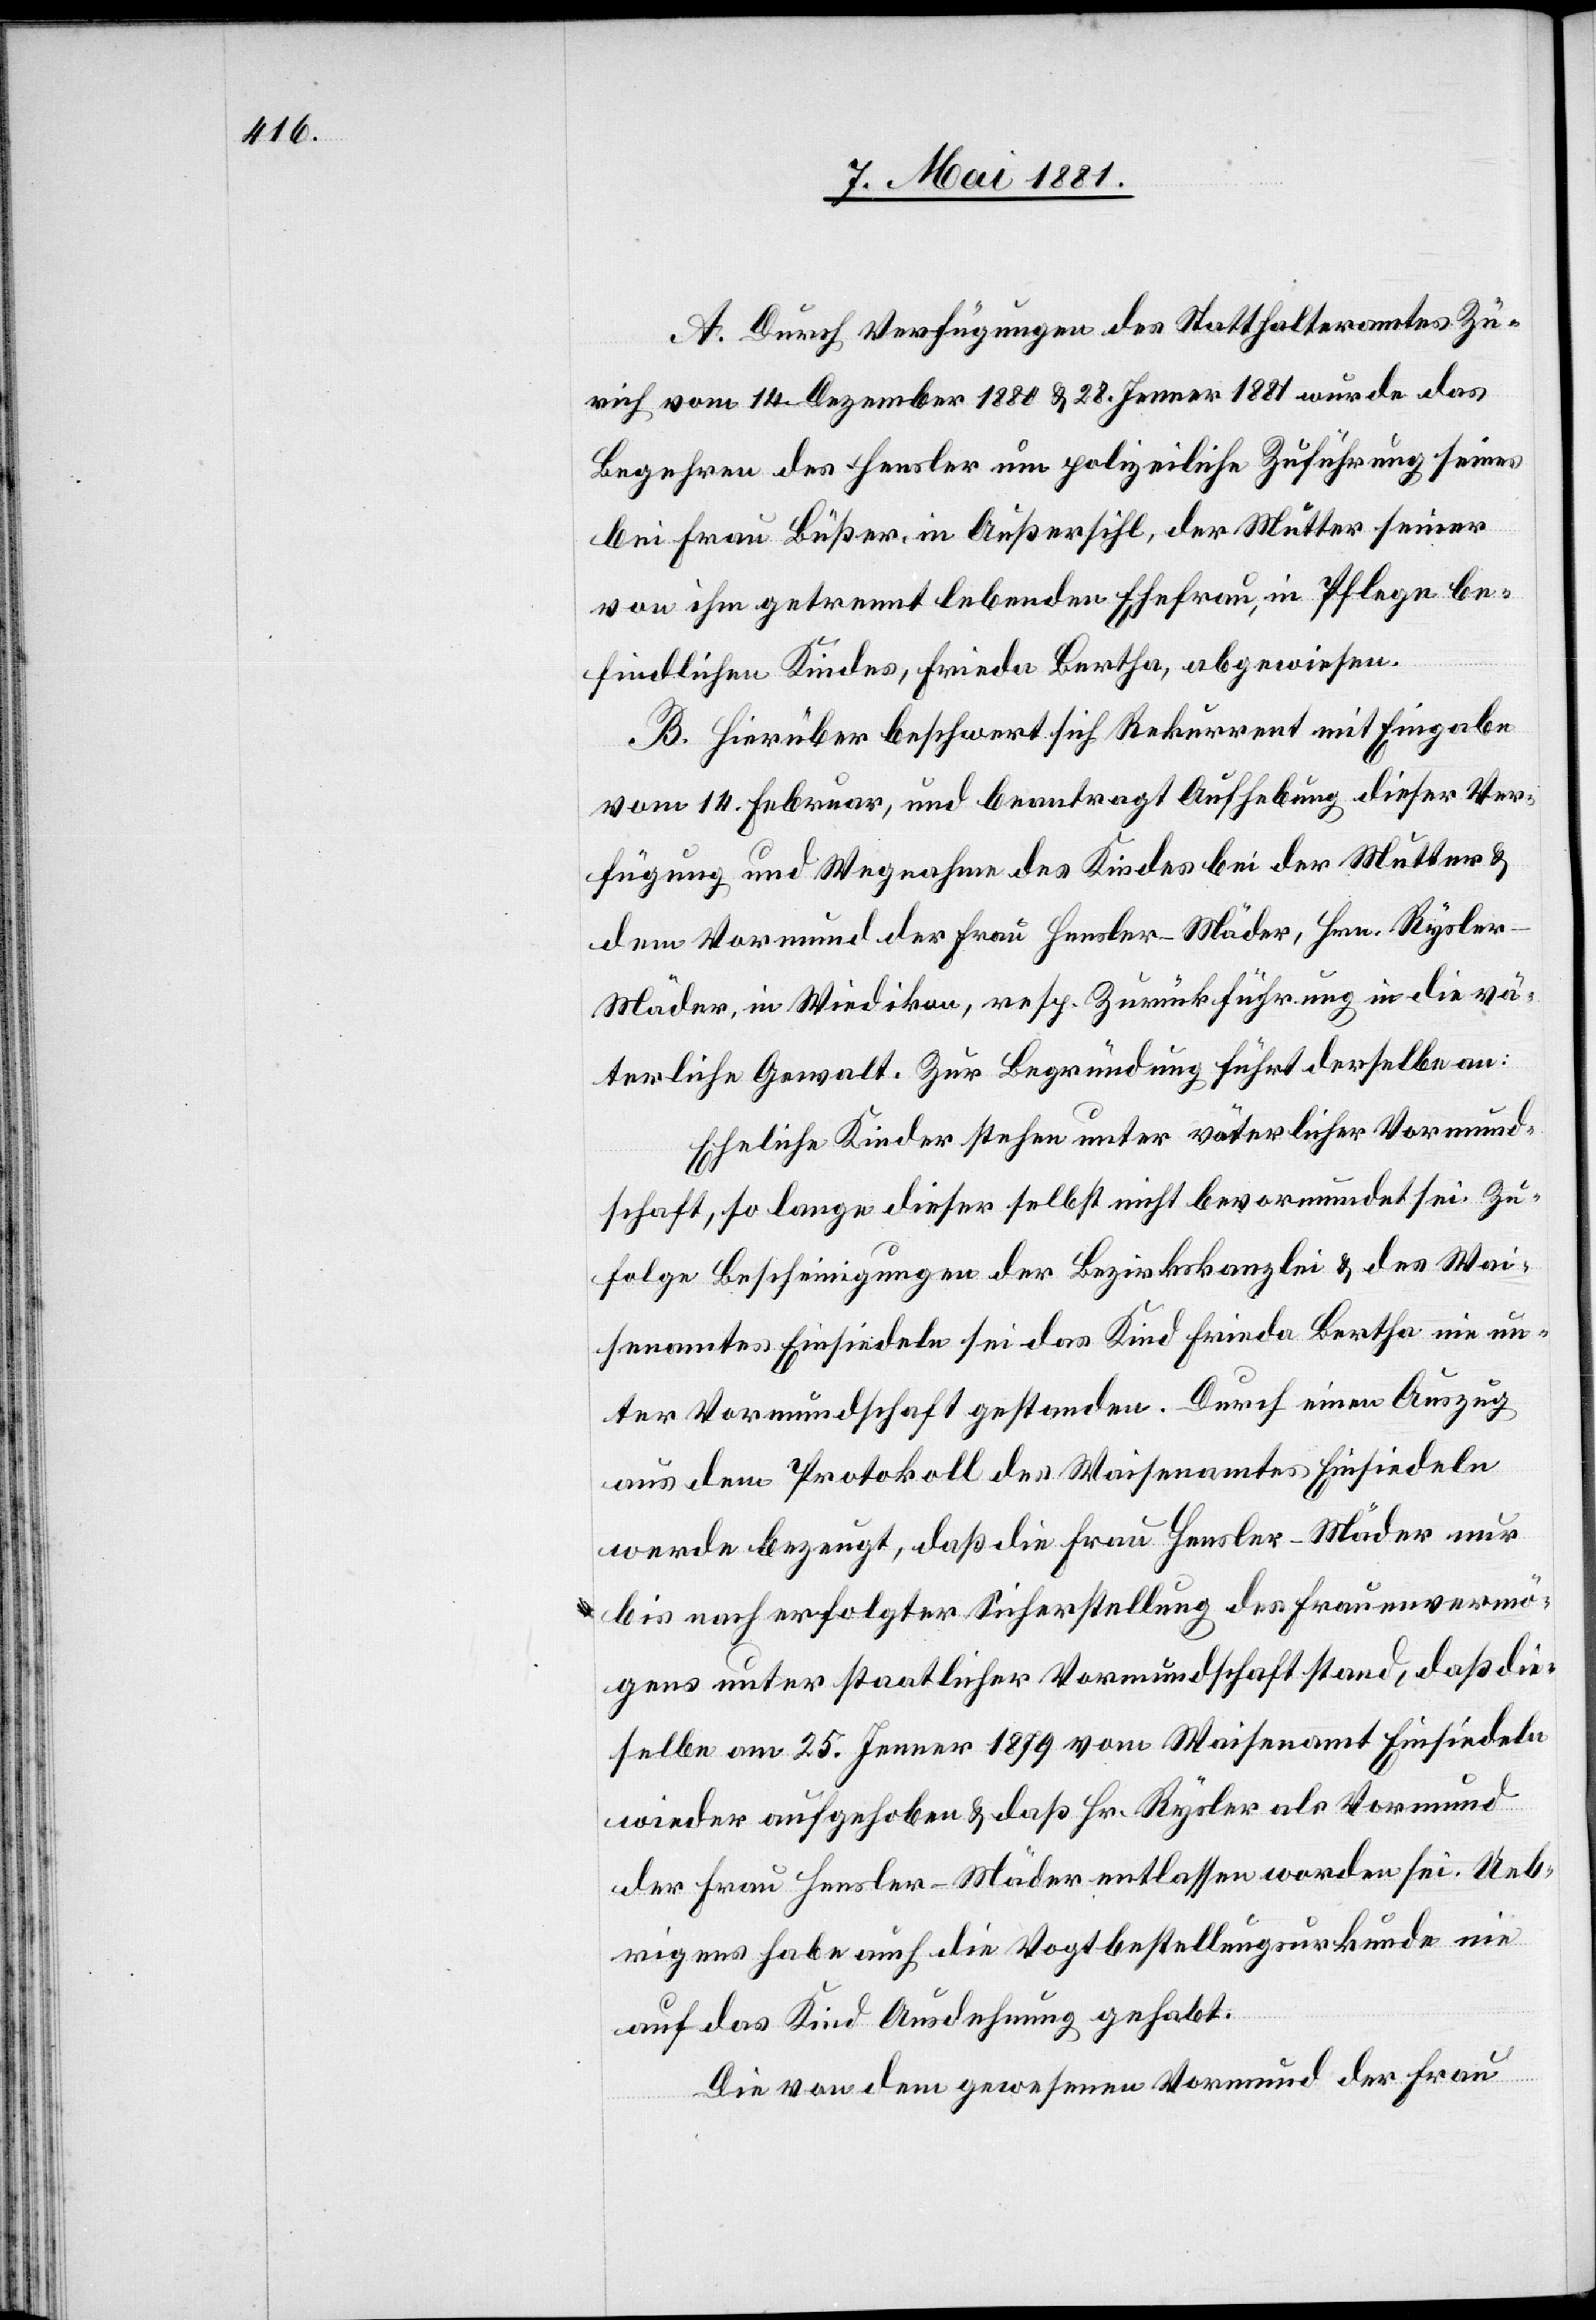
A. Durch Verfügungen des Statthalteramtes Zü¬
rich vom 14. Dezember 1880 & 28. Jenner 1881 wurde das
Begehren des Hensler um polizeiliche Zuführung seines
bei Frau Büßer, in Außersihl, der Mutter seiner
von ihm getrennt lebenden Ehefrau, in Pflege be¬
findlichen Kindes, Frieda Bertha, abgewiesen.
B. Hierüber beschwert sich Rekurrent mit Eingabe
vom 14. Februar, und beantragt Aufhebung dieser Ver¬
fügung und Wegnahme des Kindes bei der Mutter &
dem Vormund der Frau Hensler-Mäder, Hrn. Rysle¬
r-Mäder, in Wiedikon, resp. Zurückführung in die vä¬
terliche Gewalt. Zur Begründung führt derselbe an:
Eheliche Kinder stehen unter väterlicher Vormund¬
schaft, so lange dieser selbst nicht bevormundet sei. Zu¬
folge Bescheinigungen der Bezirkskanzlei & des Wai¬
senamtes Einsiedeln sei das Kind Frieda Bertha nie un¬
ter Vormundschaft gestanden. Durch einen Auszug
aus dem Protokoll des Waisenamtes Einsiedeln
werde bezeugt, daß die Frau Hensler-Mäder nur
bis nach erfolgter Sicherstellung des Frauenvermö¬
gens unter staatlicher Vormundschaft stand, daß die¬
selbe am 25. Jenner 1879 vom Waisenamt Einsiedeln
wieder aufgehoben & daß Hr. Rysler als Vormund
der Frau Hensler-Mäder entlassen worden sei. Ueb¬
rigens habe auch die Vogtbestellungsurkunde nie
auf das Kind Ausdehnung gehabt.
Die von dem gewesenen Vormund der Frau